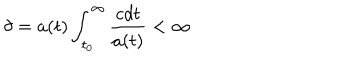
LaTeX: \delta = a ( t ) \int _ { t _ { 0 } } ^ { \infty } \frac { c d t } { a ( t ) } < \infty